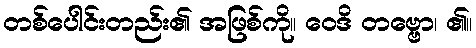
တစ်ပေါင်းတည်း၏ အဖြစ်ကို။ ဝေဒိ တဗ္ဗော၊ ၏။